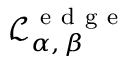
\mathcal { L } _ { \alpha , \, \beta } ^ { \mathrm { ~ e ~ d ~ g ~ e ~ } }